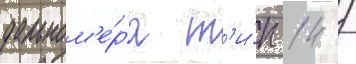
дальном'е́ра т'и́п 14 /